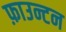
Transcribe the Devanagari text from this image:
फ़ाउन्टन